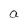
Character: a